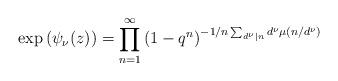
LaTeX: \begin{align*}\exp\left(\psi_{\nu}(z)\right)=\prod^{\infty}_{n=1}\left(1-q^n\right)^{-1/n\sum_{d^{\nu}|n}d^{\nu}\mu\left(n/d^{\nu}\right)}\end{align*}